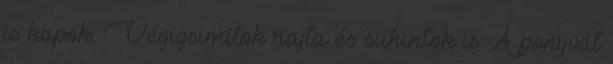
is kapok. Végigsimítok rajta és suhintok is. A ponyvát